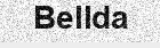
Bellda